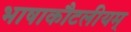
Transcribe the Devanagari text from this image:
भाषाकौटलीयम्